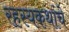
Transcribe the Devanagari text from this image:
रहस्यकथांचे